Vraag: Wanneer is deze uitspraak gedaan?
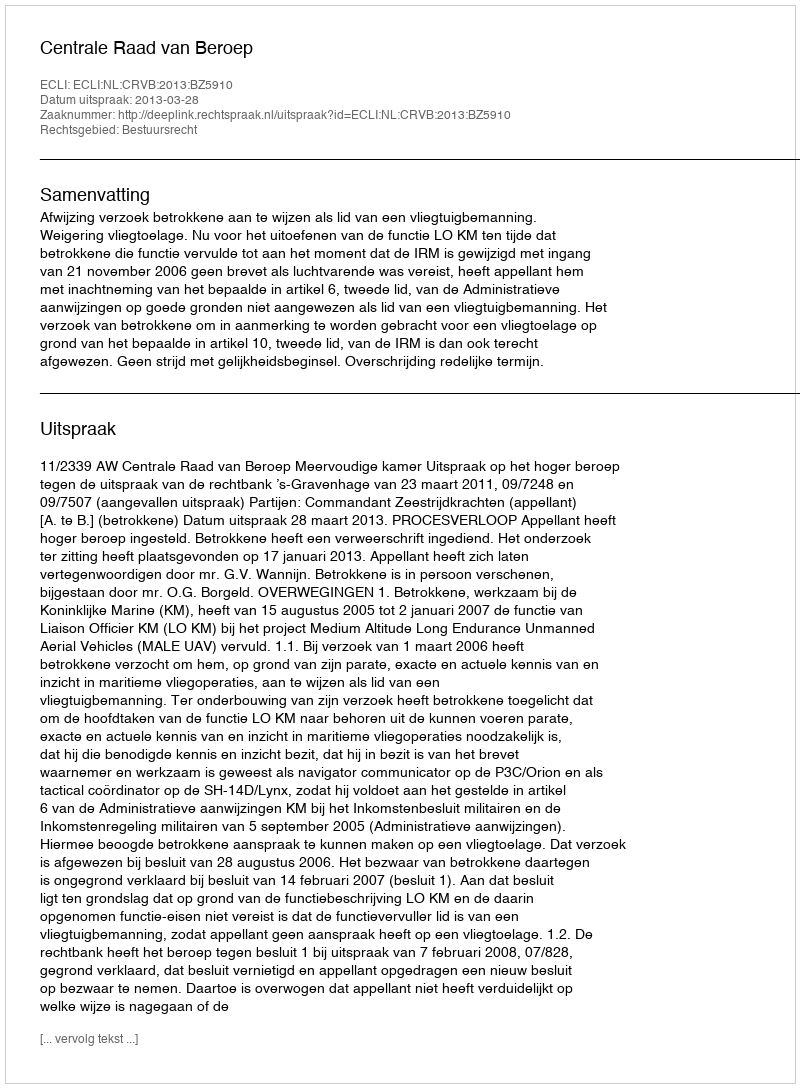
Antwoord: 2013-03-28